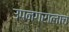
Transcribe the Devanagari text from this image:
उपनगरालाच